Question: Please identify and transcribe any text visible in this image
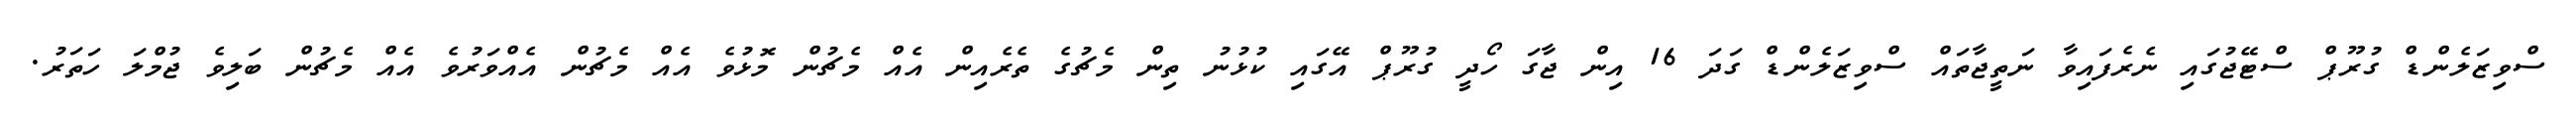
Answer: ސްވިޒަލެންޑް ގުރޫޕް ސްޓޭޖުގައި ނެރެފައިވާ ނަތީޖާތައް ސްވިޒަލެންޑް ގަދަ 16 އިން ޖާގަ ހޯދީ ގުރޫޕް އޭގައި ކުޅުނު ތިން މެޗުގެ ތެރެއިން އެއް މެޗުން މޮޅުވެ އެއް މެޗުން އެއްވަރުވެ އެއް މެޗުން ބަލިވެ ޖުމްލަ ހަތަރު.